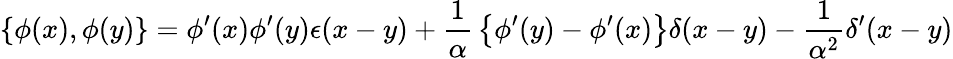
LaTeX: \left\{ \phi(x),\phi(y)\right\} =\phi^{\prime}(x)\phi^{\prime}(y)\epsilon(x-y)+{\frac{1}{\alpha}}\left\{ \phi^{\prime}(y)-\phi^{\prime}(x)\right\} \delta(x-y)-{\frac{1}{\alpha^{2}}}\delta^{\prime}(x-y)